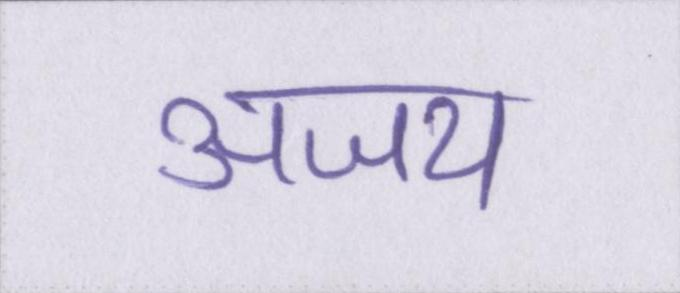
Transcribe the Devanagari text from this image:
अजय